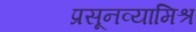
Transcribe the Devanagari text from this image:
प्रसूनव्यामिश्रं